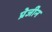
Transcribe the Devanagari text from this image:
प्रेजीन